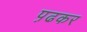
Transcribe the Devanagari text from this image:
प़ढकर